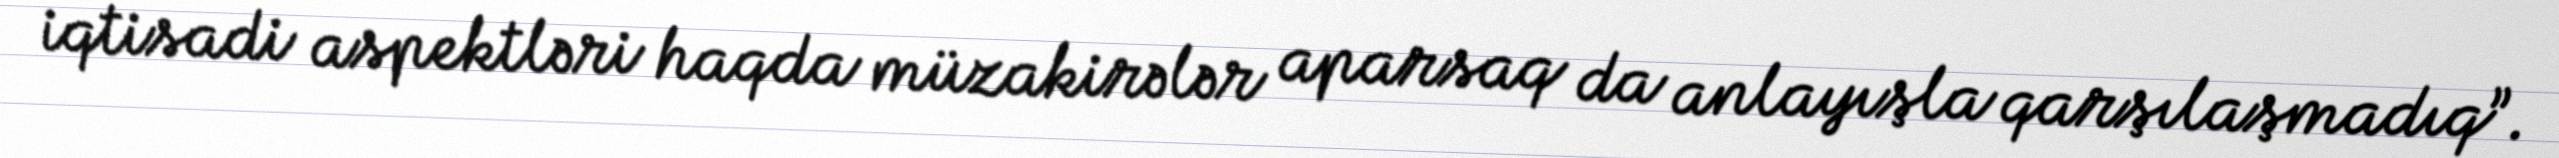
iqtisadi aspektləri haqda müzakirələr aparsaq da anlayışla qarşılaşmadıq”.